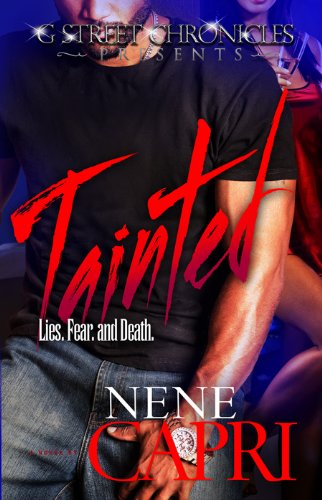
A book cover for Tainted (G Street Chronicles Presents); NeNe Capri; Literature & Fiction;